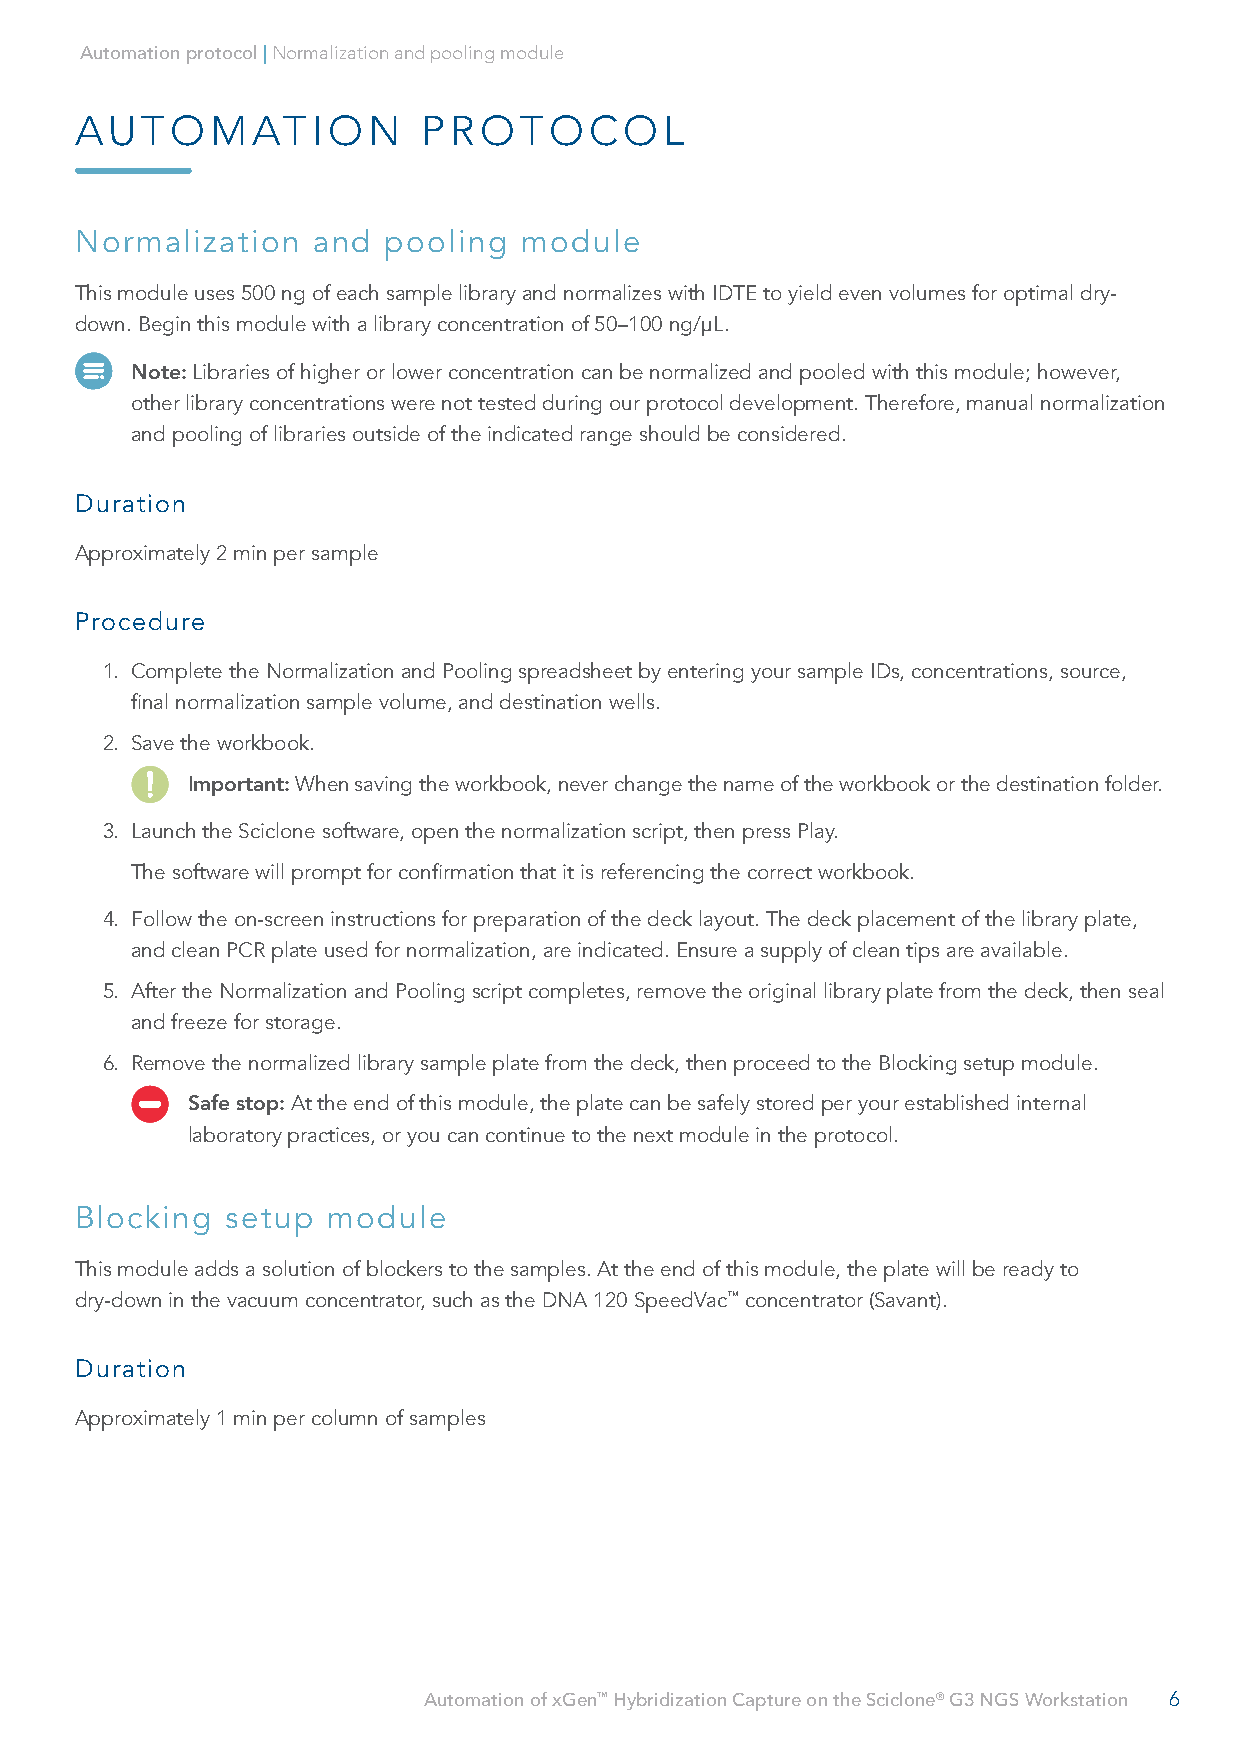
Automation protocol | Normalization and pooling module
 AUTOMATION             PROTOCOL
 Normalization   and pooling   module
 This module uses 500 ng of each sample library and normalizes with IDTE to yield even volumes for optimal dry-
 down. Begin this module with a library concentration of 50–100 ng/µL.
 Note: Libraries of higher or lower concentration can be normalized and pooled with this module; however,
 other library concentrations were not tested during our protocol development. Therefore, manual normalization
 and pooling of libraries outside of the indicated range should be considered.
 Duration
 Approximately 2 min per sample
 Procedure
 1. Complete the Normalization and Pooling spreadsheet by entering your sample IDs, concentrations, source,
 final normalization sample volume, and destination wells.
 2. Save the workbook.
 Important: When saving the workbook, never change the name of the workbook or the destination folder.
 3. Launch the Sciclone software, open the normalization script, then press Play.
 The software will prompt for confirmation that it is referencing the correct workbook.
 4. Follow the on-screen instructions for preparation of the deck layout. The deck placement of the library plate,
 and clean PCR plate used for normalization, are indicated. Ensure a supply of clean tips are available.
 5. After the Normalization and Pooling script completes, remove the original library plate from the deck, then seal
 and freeze for storage.
 6. Remove the normalized library sample plate from the deck, then proceed to the Blocking setup module.
 Safe stop: At the end of this module, the plate can be safely stored per your established internal
 laboratory practices, or you can continue to the next module in the protocol.
 Blocking  setup  module
 This module adds a solution of blockers to the samples. At the end of this module, the plate will be ready to
 dry-down in the vacuum concentrator, such as the DNA 120 SpeedVac™ concentrator (Savant).
 Duration
 Approximately 1 min per column of samples
 Automation of xGen™ Hybridization Capture on the Sciclone® G3 NGS Workstation 6